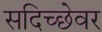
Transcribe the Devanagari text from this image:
सदिच्छेवर